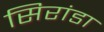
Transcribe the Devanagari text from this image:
सिरांडा